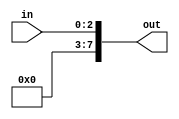
// ---------------------------------------------------------------------
// Copyright (c) 2007 by University of Toronto ECE 243 development team 
// ---------------------------------------------------------------------
//
// Major Functions:	Two modules included: zExtend, sExtend
//						zExtend: extends input to eight bits with zero's
//								 (zero extended)
//						sExtend: extends input to eight bits with the
//								 first bit of the input (sign extended)
// 
// Input(s):		zExtend/sExtend
//						in: modifiable input size of any value under
//							eight bits
//
// Output(s):		zExtend
//						out: an eight-bit output which extends the input
//							 value with zero's (zero extended)
//					sExtend
//						out: an eight-bit output which entends the input
//							 value with either one's or zero's based on
//							 the first bit input (sign extended)
//
// Parameter(s):	zExtend/sExtend
//						n: modifiable variable which changes input
//						   data size
//
// ---------------------------------------------------------------------

module zExtend(in, out);
	parameter n = 3; // a parameter which detemines input size
	input [n-1:0] in;
	output [7:0] out;
	
	assign out[7:n] = 0;
	assign out[n-1:0] = in;
endmodule

module sExtend(in, out);
	parameter n = 3; // a parameter which detemines input size
	input [n-1:0] in;
	output [7:0] out;

	assign out = {{(8-n){in[n-1]}},in};
endmodule